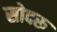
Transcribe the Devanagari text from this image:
सोदरू